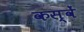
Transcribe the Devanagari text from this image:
कस्वें